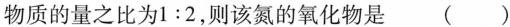
物质的量之比为$$1:2$$，则该氮的氧化物是()